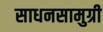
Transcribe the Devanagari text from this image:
साधनसामुग्री